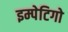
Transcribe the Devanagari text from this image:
इम्पेटिगो